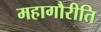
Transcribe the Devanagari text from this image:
महागौरीति